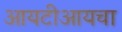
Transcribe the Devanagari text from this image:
आयटीआयचा